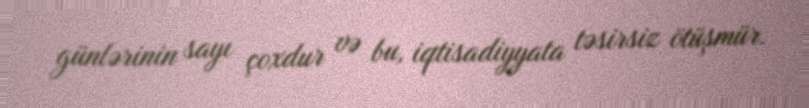
günlərinin sayı çoxdur və bu, iqtisadiyyata təsirsiz ötüşmür.